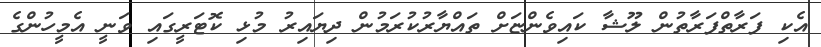
އެކި ފަރާތްފަރާތުން ލޫޝާ ކައިވެންޏަށް ތައްޔާރުކުރަމުން ދިޔައިރު މުޅި ކޮޓަރީގައި ވަނީ އެމީހުންގެ